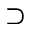
\supset